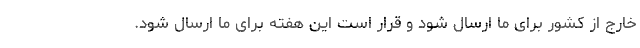
خارج از کشور برای ما ارسال شود و قرار است این هفته برای ما ارسال شود.